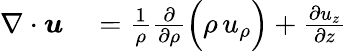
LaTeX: \begin{array}{rl}{\nabla\cdot{\boldsymbol{u}}}&{{}={\frac{1}{\rho}}{\frac{\partial}{\partial\rho}}{\Bigl(}\rho\, u_{\rho}{\Bigr)}+{\frac{\partial u_{z}}{\partial z}}}\end{array}